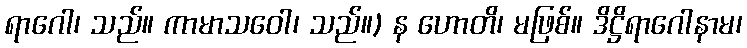
ရာဂေါ၊ သည်။ ကာမာသဝေါ၊ သည်။) န ဟောတိ၊ မဖြစ်။ ဒိဋ္ဌိရာဂေါနာမ၊